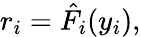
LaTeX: r_{i}=\hat{F}_{i}(y_{i}),